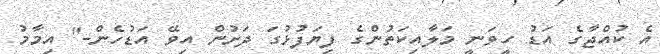
އެ ކުއްޖާގެ އަޑު ހީވަނީ މަލާއިކަތުންގެ ފިޔަފުޅުގަ ދަށުން އިވޭ އަޑުހެން-" އިމާމު